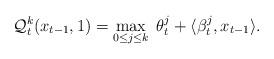
LaTeX: \begin{align*}\mathcal{Q}_t^k(x_{t-1},1) = \displaystyle \max_{0 \leq j \leq k} \;\theta_t^j + \langle \beta_t^j , x_{t-1} \rangle.\end{align*}